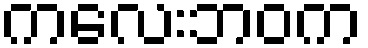
ကလေးဘဝက